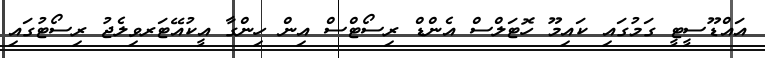
އައްޑޫސީޓީ ގަމުގައި ކައިމޫ ހޮޓަލްސް އެންޑް ރިސޯޓްސް އިން ހިންގާ އީކުއޭޓަރވިލެޖު ރިސޯޓުގައި